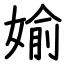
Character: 媮